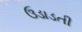
ઉડાડતી